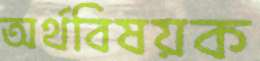
অর্থবিষয়ক